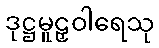
ဒုဋ္ဌမူဠှဝါရေသု